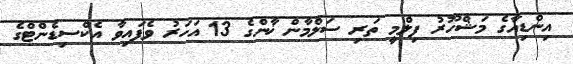
އިންޑިއާގެ މަޝްހޫރު ފިލްމީ ތަރި ސަލްމާން ޚާންގެ 13 އަހަރު ވެފައިވާ އެކްސިޑެންޓްގެ